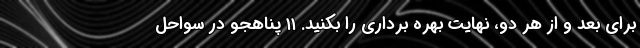
برای بعد و از هر دو، نهایت بهره برداری را بکنید. ۱۱ پناهجو در سواحل